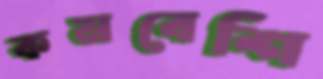
কমবেশি